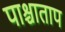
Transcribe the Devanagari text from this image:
पाश्चाताप